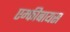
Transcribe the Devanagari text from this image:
एम्फीबायस